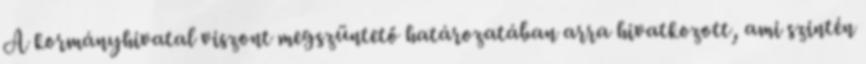
A kormányhivatal viszont megszüntető határozatában arra hivatkozott, ami szintén